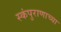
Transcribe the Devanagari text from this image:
स्कंपुराणाच्या